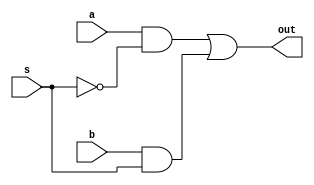
//Mux de dos entradas de 1 bit realizado a partir de puertas
module mux2_1(output wire out, input wire a, b, s);

//Declaracin de conexiones internas
wire  s_n, sa, sb;

//Instancias de puertas y sus conexiones
not inv1 (s_n, s);
and and1 (sa, a, s_n);
and and2 (sb, b, s);
or or1 (out, sa, sb);

endmodule